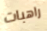
راهبات